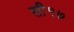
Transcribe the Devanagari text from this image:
सी१७